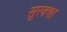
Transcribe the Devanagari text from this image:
सूरक्शा